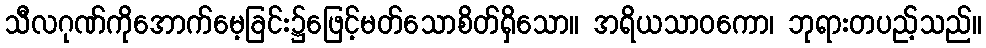
သီလဂုဏ်ကိုအောက်မေ့ခြင်း၌ဖြေင့်မတ်သောစိတ်ရှိသော။ အရိယသာဝကော၊ ဘုရားတပည့်သည်။